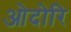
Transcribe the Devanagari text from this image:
ओदोरि